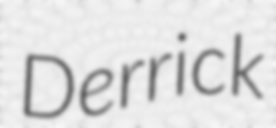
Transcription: Derrick